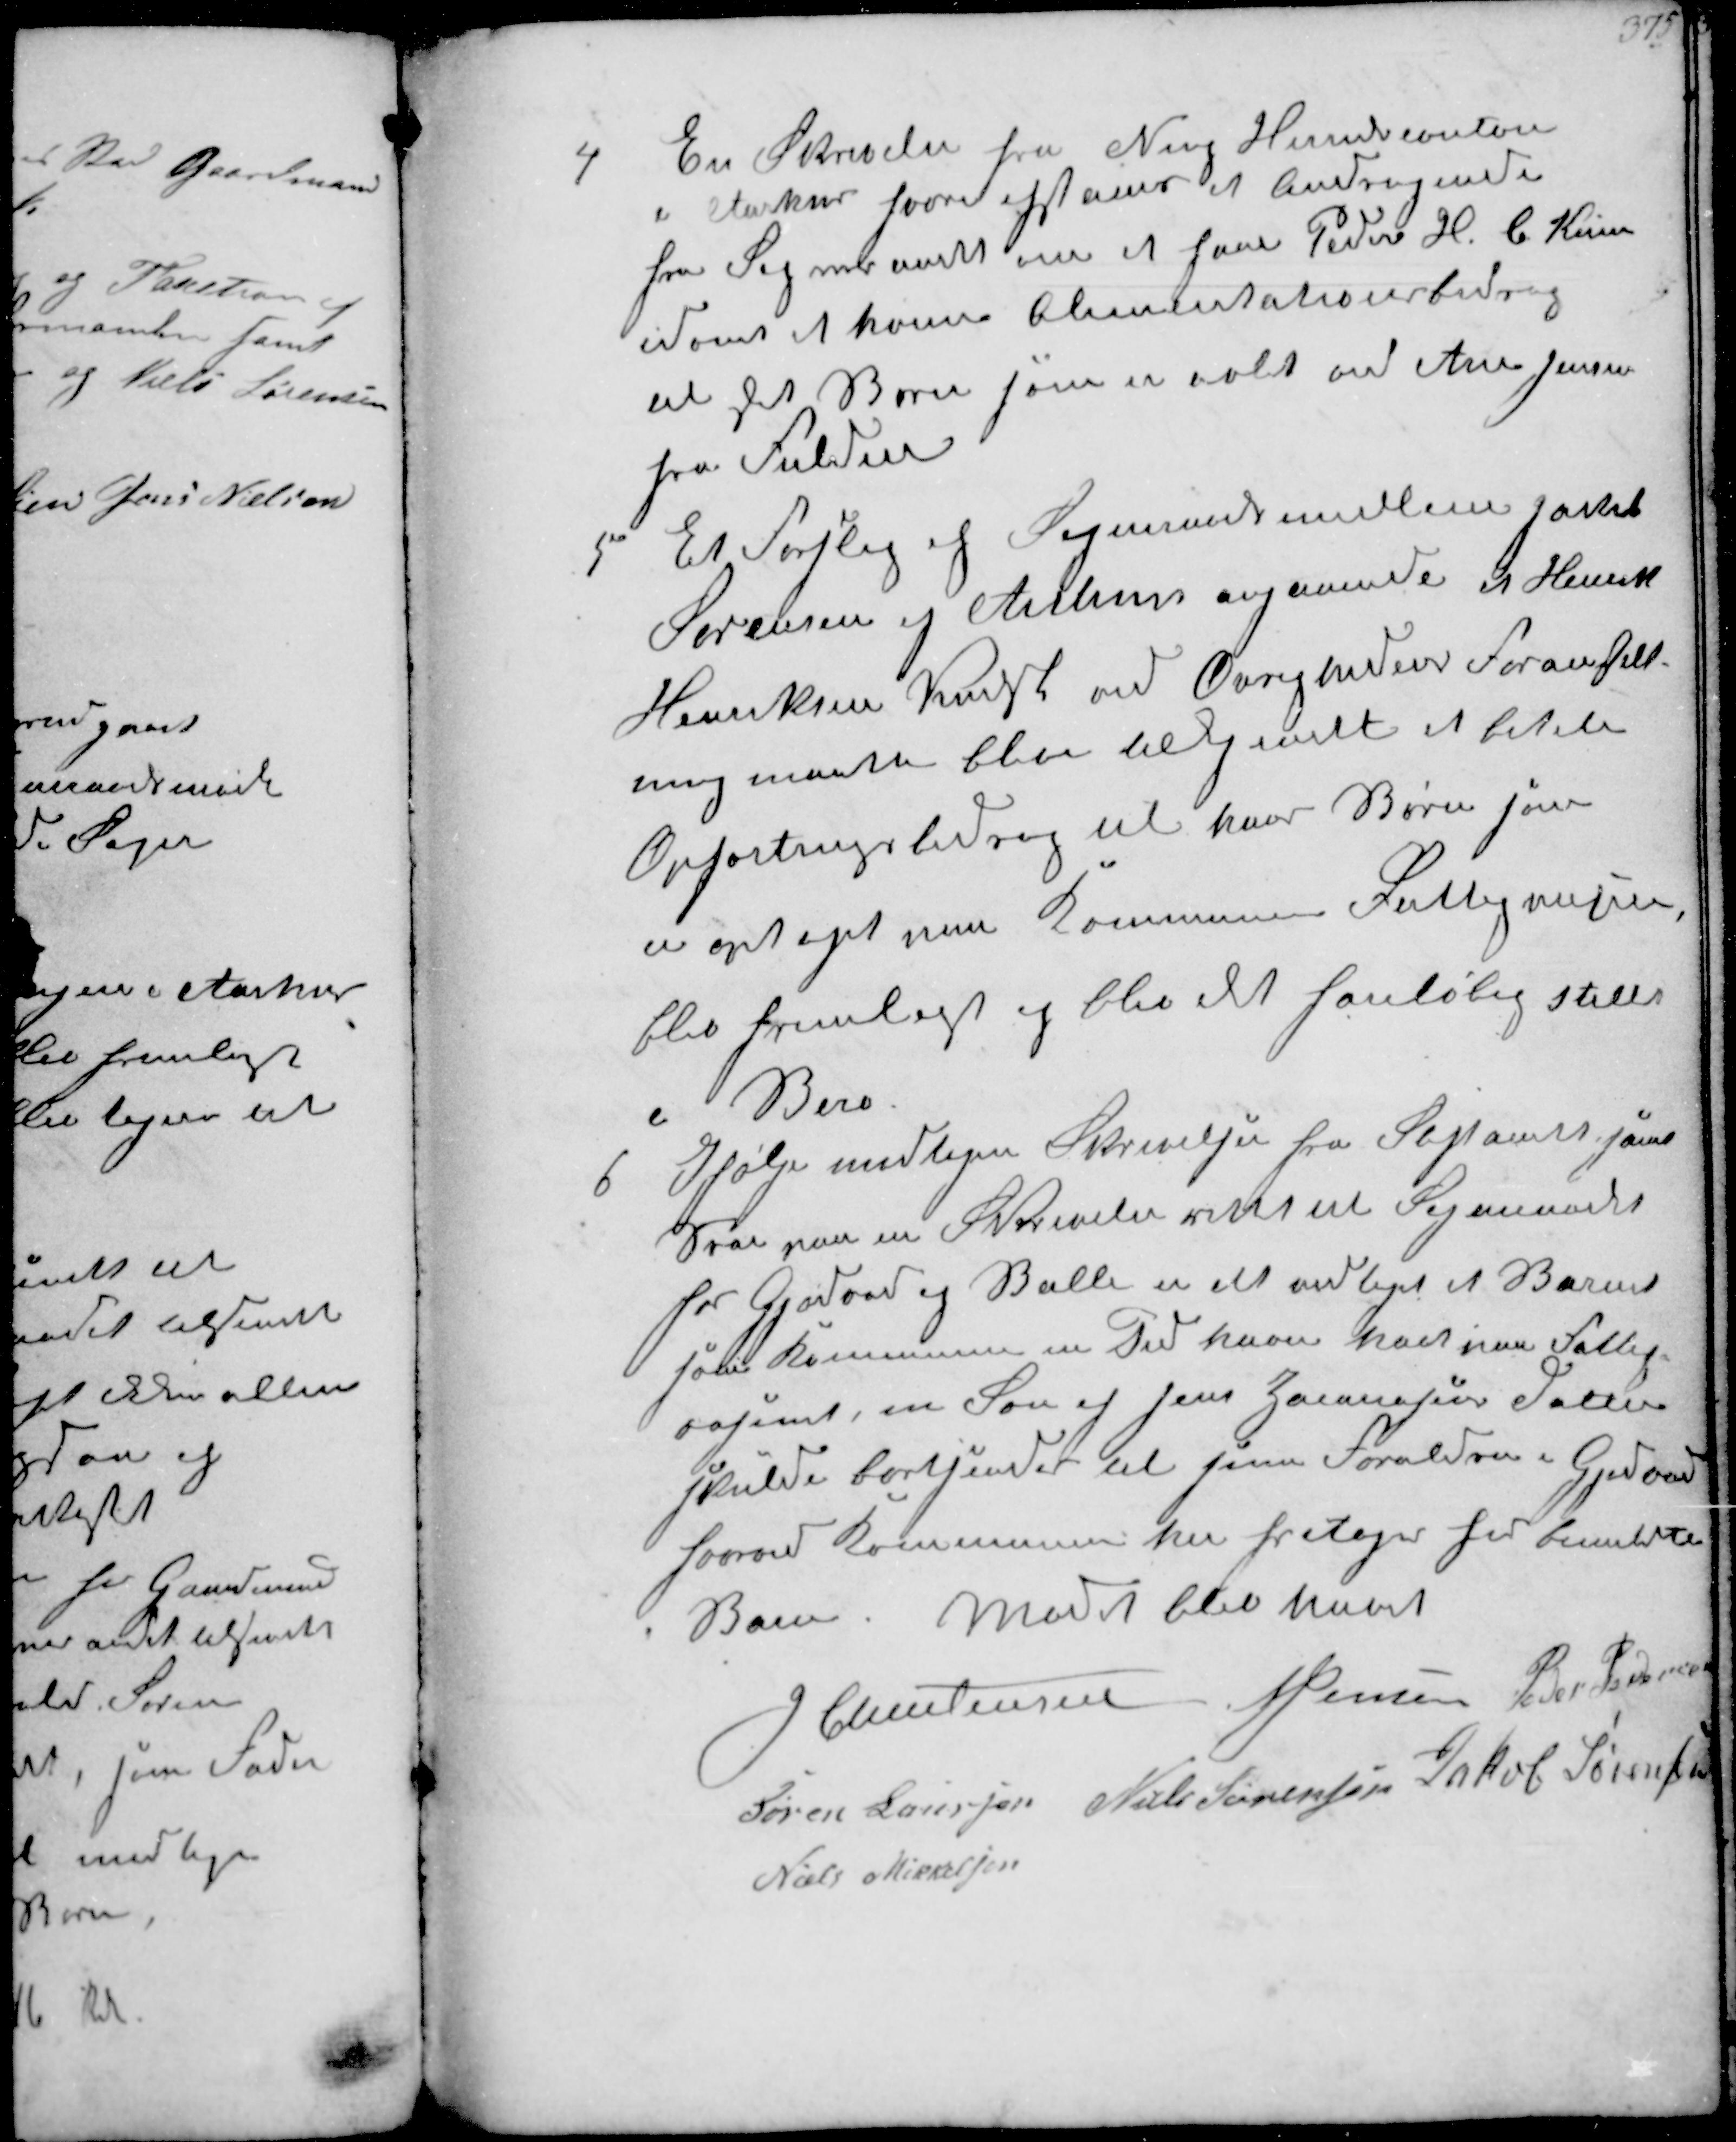
Transskription:
4
En Skrivelse fra Ning Herredskontor
i Aarhus hvor afslaaes et Andragende
fra Sogneraadet om at faa Peder H. C. Huus
dømt et højere Alimentationsbidrag
til det Barn som er avlet med Ane Jensen
fra Fulden

5
Et Forslag af Sognmandsmedlem Jakob
Sørensen af Aarhus angaaende at Henrik
Henriksen Krogh ved Øvrighedens Foranstalt-
ning maatte blive tilkjendt at betale
Opfostringsbidrag til hans Børn som
er optaget ved Kommunen Fattigvæsen
blev fremlagt og blev det foreløbig stillet
i Bero

6
Ifølge modtagen Skrivelse fra Stiftamtet som
Svar paa en Skrivelse sendt til Sogneraadet
for Gjødvad og Balle og det vedtaget at Barnet
som Kommunen en Tid have haft i Fattig-
væsenet, en Søn af Jens Hannesens Datter
skulde bortsendes til sine Forældre i Gjødvad
hvorved Kommunen til fritages for bemeldte
Bane. Mødet blev hævet
J Christensen N Jensen Peder Pedersen
Søren Laursen Niels Sørensen Jakob Sørensen
Niels Mikkelsen